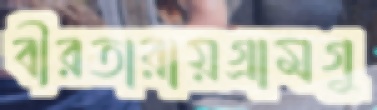
বীরতারায়গ্রামগু